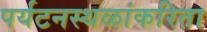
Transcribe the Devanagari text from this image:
पर्यटनस्थळांकरिता